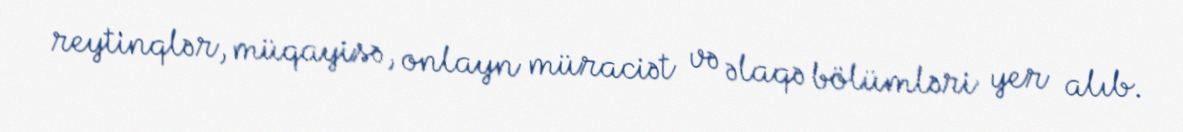
reytinqlər, müqayisə, onlayn müraciət və əlaqə bölümləri yer alıb.